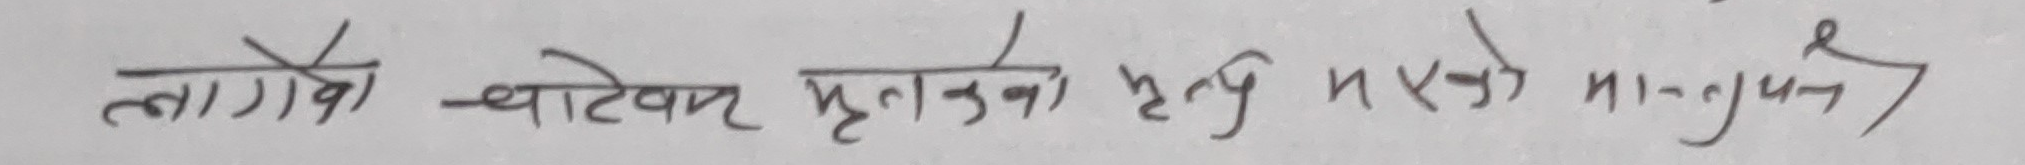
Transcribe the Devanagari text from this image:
लागेको व्याटिम् प्रकृत्तिको हुनु निएको मान्नुपर्छ ।